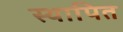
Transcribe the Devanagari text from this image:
स्थापित